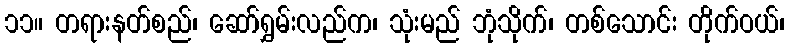
၁၁။ တရားနတ်စည်၊ ဆော်ရွှမ်းလည်က၊ သုံးမည် ဘုံသိုက်၊ တစ်သောင်း တိုက်ဝယ်၊